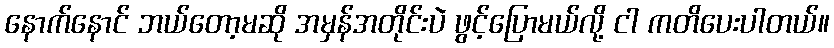
နောက်နောင် ဘယ်တော့မဆို အမှန်အတိုင်းပဲ ဖွင့်ပြောမယ်လို့ ငါ ကတိပေးပါတယ်။